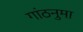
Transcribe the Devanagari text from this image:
गांठनुमा